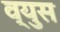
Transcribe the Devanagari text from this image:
व्युस